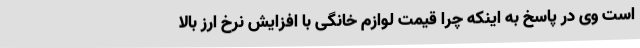
است وی در پاسخ به اینکه چرا قیمت لوازم خانگی با افزایش نرخ ارز بالا